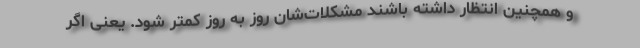
و همچنین انتظار داشته باشند مشکلات‌شان روز به روز کمتر شود. یعنی اگر